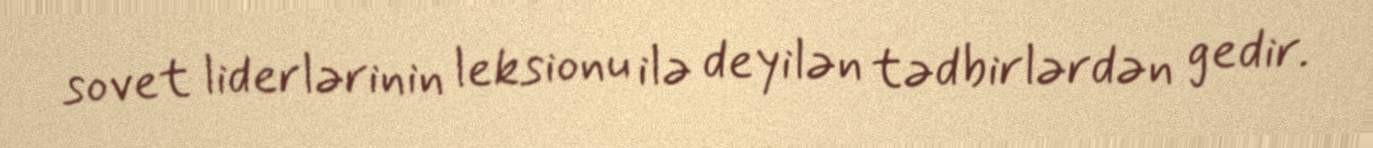
sovet liderlərinin leksionu ilə deyilən tədbirlərdən gedir.